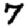
Digit: 7